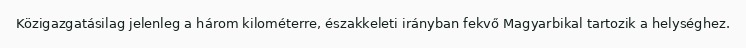
Közigazgatásilag jelenleg a három kilométerre, északkeleti irányban fekvő Magyarbikal tartozik a helységhez.